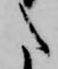
た